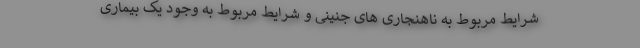
شرایط مربوط به ناهنجاری های جنینی و شرایط مربوط به وجود یک بیماری